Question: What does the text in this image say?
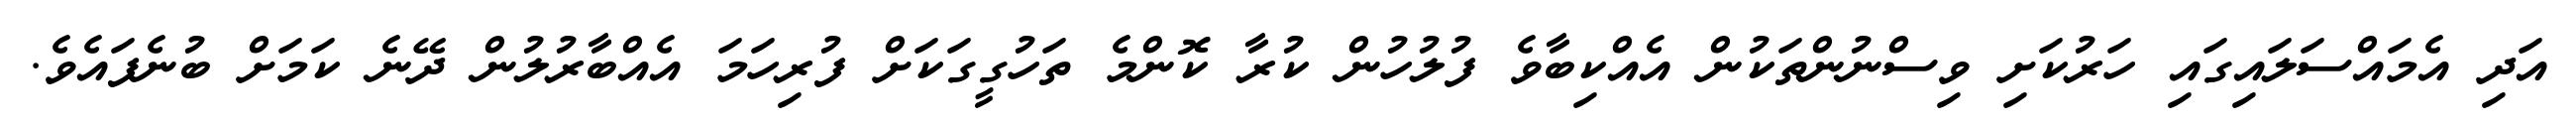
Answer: އަދި އެމައްސަލައިގައި ހަރުކަށި ވިސްނުންތަކުން އެއްކިބާވެ ފުލުހުން ކުރާ ކޮންމެ ތަހުގީގަކަށް ފުރިހަމަ އެއްބާރުލުން ދޭނެ ކަމަށް ބުނެފައެވެ.